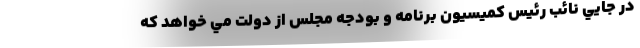
در جايي نائب رئیس کمیسیون برنامه و بودجه مجلس از دولت مي خواهد كه